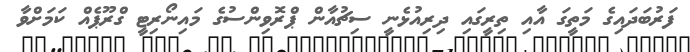
ފަރުބަދައިގެ މަތީގަ އާއި ތިރީގައި ދިރިއުޅެނީ ސިޗުއާން ޕްރޮވިންސުގެ މައިނޯރިޓީ ގްރޫޕެއް ކަމަށްވާ